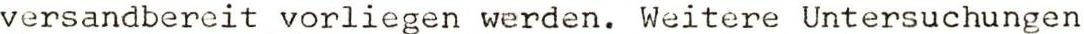
versandbereit vorliegen werden. Weitere Untersuchungen